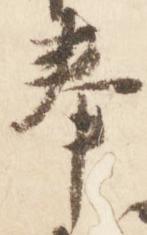
奉